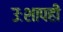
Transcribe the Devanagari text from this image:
उःशापही